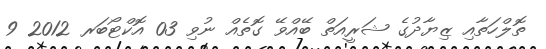
ތޮލްހަތާއި ޒިޔާދުގެ ޝަރީއަތް ބޭއްވޭ ގޮތެއް ނުވި 03 އޮކްޓޯބަރ 2012 9